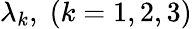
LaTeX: {{\lambda_{k}}},\; \left({k=1,2,3}\right)